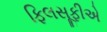
ફિલસૂફીએ